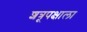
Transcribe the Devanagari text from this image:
शत्रूपक्षाला